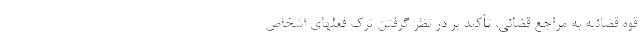
قوه قضائیه به مراجع قضائی، تأکید بر در نظر گرفتن ترک فعلهای اشخاص